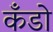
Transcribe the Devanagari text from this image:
कँडो